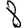
Digit: 8